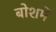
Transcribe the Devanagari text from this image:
बोशमें